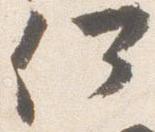
何